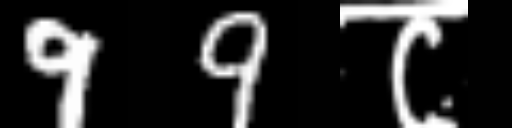
Text: 99८